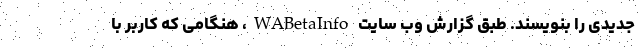
جدیدی را بنویسند. طبق گزارش وب سایت WABetaInfo، هنگامی که کاربر با